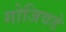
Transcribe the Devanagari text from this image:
गोजिवडे